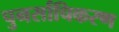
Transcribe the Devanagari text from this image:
पुनर्साचिकरण